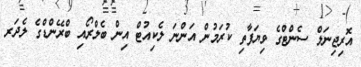
އޮރިޖިނަލް ސެންޓްގެ ވިޔަފާތި ކުރަމުން އަންނަ ލެކިއުޓް އިން ބެލްރޯއި ބްރޭންޑްގެ ލެދަރ